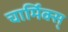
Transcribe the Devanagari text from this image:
चार्मिक्स्